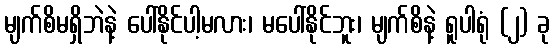
မျက်စိမရှိဘဲနဲ့ ပေါ်နိုင်ပါ့မလား၊ မပေါ်နိုင်ဘူး၊ မျက်စိနဲ့ ရူပါရုံ (၂) ခု